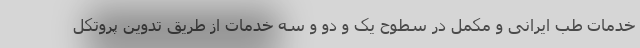
خدمات طب ایرانی و مکمل در سطوح یک و دو و سه خدمات از طریق تدوین پروتکل